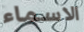
الاسماء